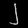
Digit: ၂